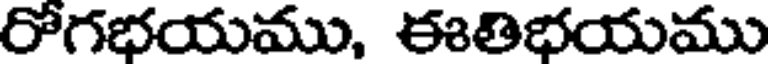
రోగభయము, ఈతిభయము